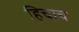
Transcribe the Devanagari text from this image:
हिचाच